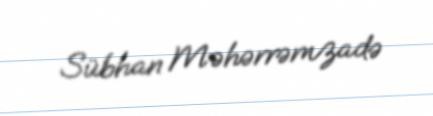
Sübhan Məhərrəmzadə